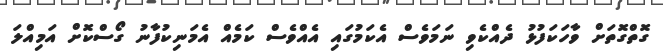
ގޮތްގޮތަށް ވާހަކަފުޅު ދެއްކެވި ނަމަވެސް އެކަމުގައި އެއްވެސް ކަމެއް އެމަނިކުފާނު ގޯސްކޮށް އަމިއްލަ